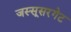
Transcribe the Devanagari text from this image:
जस्सूसरगेट